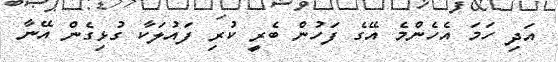
އަދި ހަމަ އެހެންމެ އޭގެ ފަހުން ބެރީ ކުރި ފައުލަކާ ގުޅިގެން އޭނާ